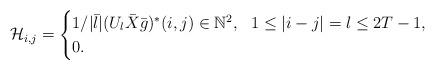
LaTeX: \begin{align*}\mathcal{H}_{i,j} = \begin{cases} 1/|\bar{l}|(U_l\bar{X}\bar{g})^* (i,j) \in \mathbb{N}^2, \ \ 1\leq|i-j|=l \leq 2T-1,\\0 .\end{cases} \end{align*}